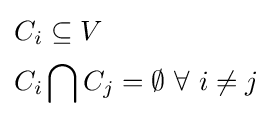
{\begin{aligned}C_{i}&\subseteq V\\C_{i}&\bigcap C_{j}=\emptyset ~\forall ~i\neq j\end{aligned}}